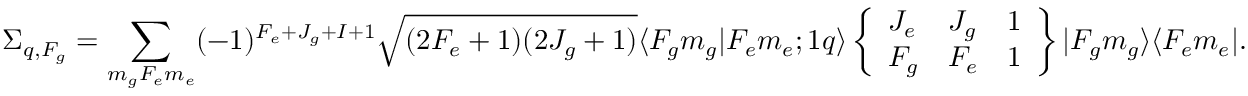
\Sigma _ { q , F _ { g } } = \sum _ { m _ { g } F _ { e } m _ { e } } ( - 1 ) ^ { F _ { e } + J _ { g } + I + 1 } \sqrt { ( 2 F _ { e } + 1 ) ( 2 J _ { g } + 1 ) } \langle F _ { g } m _ { g } | F _ { e } m _ { e } ; 1 q \rangle \left\{ \begin{array} { l l l } { J _ { e } } & { J _ { g } } & { 1 } \\ { F _ { g } } & { F _ { e } } & { 1 } \end{array} \right\} | F _ { g } m _ { g } \rangle \langle F _ { e } m _ { e } | .